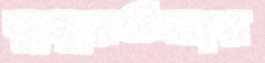
ডুমুরতলার